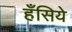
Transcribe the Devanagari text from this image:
हँसिये